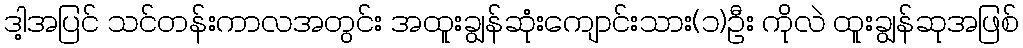
ဒါ့အပြင် သင်တန်းကာလအတွင်း အထူးချွန်ဆုံးကျောင်းသား(၁)ဦး ကိုလဲ ထူးချွန်ဆုအဖြစ်